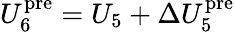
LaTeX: U_{6}^{\mathrm{pre}}=U_{5}+\Delta U_{5}^{\mathrm{pre}}